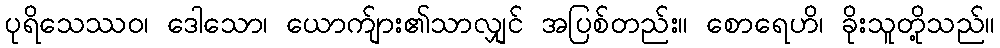
ပုရိသေဿဝ၊ ဒေါသော၊ ယောက်ျား၏သာလျှင် အပြစ်တည်း။ စောရေဟိ၊ ခိုးသူတို့သည်။